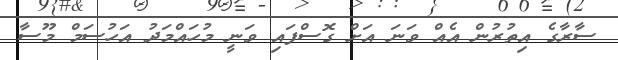
ސާރާގެ އިތުރުން އެއް ވަނަ އަށް ގޮސްފައި ވަނީ މުހައްމަދު އަހުސަމް މޫސާ